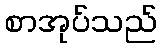
စာအုပ်သည်